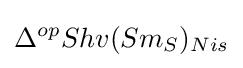
\Delta ^{op}Shv(Sm_{S})_{Nis}